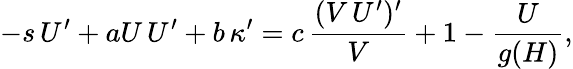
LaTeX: -s\, U^{\prime}+aU\, U^{\prime}+b\, \kappa^{\prime}=c\, \frac{(V\, U^{\prime})^{\prime}}{V}+1-\frac{U}{g(H)},